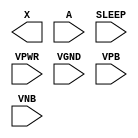
module sky130_fd_sc_hdll__inputiso1p (
    X    ,
    A    ,
    SLEEP,
    VPWR ,
    VGND ,
    VPB  ,
    VNB
);

    output X    ;
    input  A    ;
    input  SLEEP;
    input  VPWR ;
    input  VGND ;
    input  VPB  ;
    input  VNB  ;
endmodule